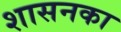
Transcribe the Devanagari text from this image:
शासनका